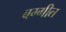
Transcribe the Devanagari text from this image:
बग्गीत